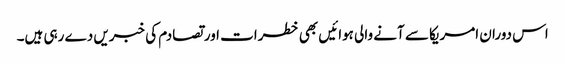
اس دوران امریکا سے آنے والی ہوائیں بھی خطرات اور تصادم کی خبریں دے رہی ہیں۔